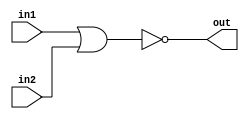
module nor2 (in1,in2,out);
input in1,in2;
output out;
assign out = ~(in1 | in2);
endmodule